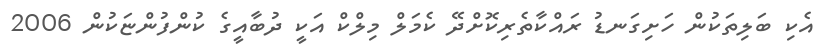
އެކި ބަލިތަކުން ހަށިގަނޑު ރައްކާތެރިކޮށްދޭ ކެމަލް މިލްކް އަކީ ދުބާއީގެ ކުންފުންޏަކުން 2006